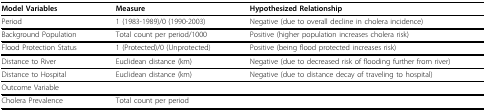
| Model Variables | Measure | Hypothesized Relationship |
 | --- | --- | --- |
 | Period | 1 (1983-1989)/0 (1990-2003) | Negative (due to overall decline in cholera incidence) |
 | Background Population | Total count per period/1000 | Positive (higher population increases cholera risk) |
 | Flood Protection Status | 1 (Protected)/0 (Unprotected) | Positive (being flood protected increases risk) |
 | Distance to River | Euclidean distance (km) | Negative (due to decreased risk of flooding further from river) |
 | Distance to Hospital | Euclidean distance (km) | Negative (due to distance decay of traveling to hospital) |
 | Outcome Variable |  |  |
 | Cholera Prevalence | Total count per period |  |